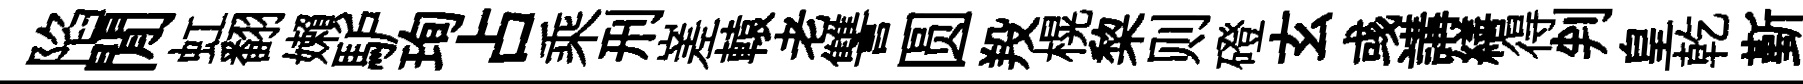
陷閒虹翻嬾馿珣占乘刑嵳轅老讐圆羖榥棃则磴玄彧講繕得判皇乾斳